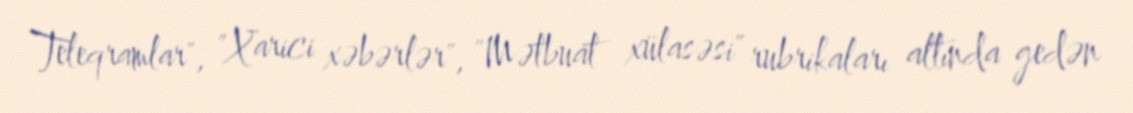
Teleqramlar", "Xarici xəbərlər", "Mətbuat xülasəsi" rubrikaları altında gedən